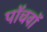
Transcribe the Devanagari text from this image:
पाॅचवाॅ